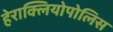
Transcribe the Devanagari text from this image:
हेराक्लियोपोलिस